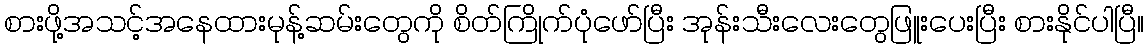
စားဖို့အသင့်အနေထားမုန့်ဆမ်းတွေကို စိတ်ကြိုက်ပုံဖော်ပြီး အုန်းသီးလေးတွေဖြူးပေးပြီး စားနိုင်ပါပြီ။